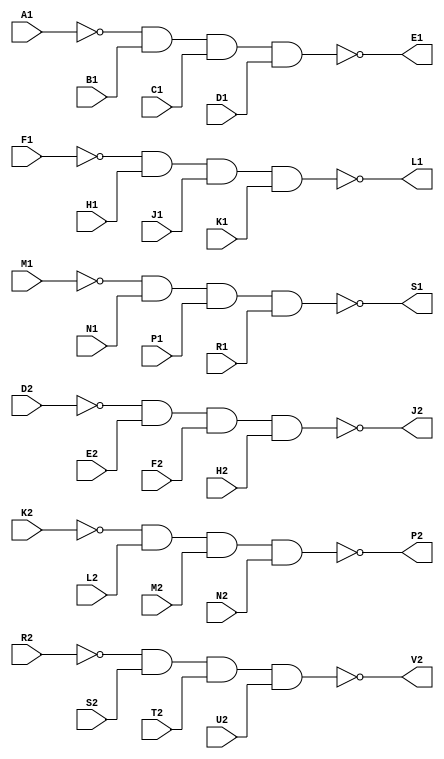
// M506 - Negative input converter
// Kyle Owen - 15 February 2021

module m506 (
	input A1,
	input B1,
	input C1,
	input D1,
	output E1,
	input F1,
	input H1,
	input J1,
	input K1,
	output L1,
	input M1,
	input N1,
	input P1,
	input R1,
	output S1,
	//inout T1,  // ground
	//input U1,  // unused
	//input V1,  // unused

	//inout A2,  // +5V
	//inout B2,  // -15V
	//inout C2,  // ground
	input D2,
	input E2,
	input F2,
	input H2,
	output J2,
	input K2,
	input L2,
	input M2,
	input N2,
	output P2,
	input R2,
	input S2,
	input T2,
	input U2,
	output V2
	);

//pullup(A1);
//pullup(F1);
//pullup(M1);
//pullup(D2);
//pullup(K2);
//pullup(R2);

assign E1 = !(!A1 & B1 & C1 & D1);
assign L1 = !(!F1 & H1 & J1 & K1);
assign S1 = !(!M1 & N1 & P1 & R1);
assign J2 = !(!D2 & E2 & F2 & H2);
assign P2 = !(!K2 & L2 & M2 & N2);
assign V2 = !(!R2 & S2 & T2 & U2);

//assign A2 = 1'b1;
//assign B2 = 1'bz;
//assign C2 = 1'b0;
//assign T1 = 1'b0;

endmodule